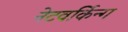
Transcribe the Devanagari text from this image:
नेटवर्किन्ग